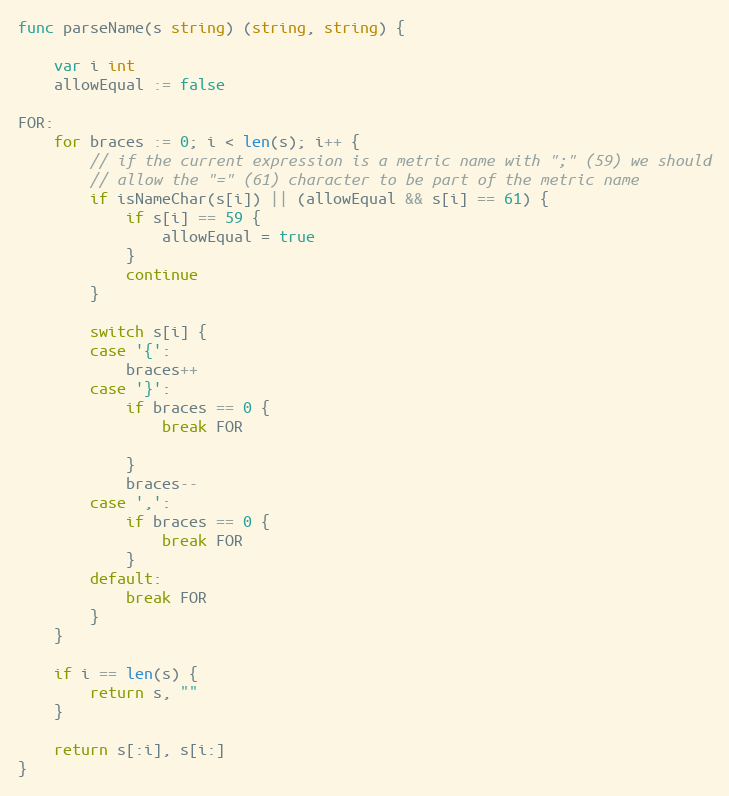
Language: Go
func parseName(s string) (string, string) {

	var i int
	allowEqual := false

FOR:
	for braces := 0; i < len(s); i++ {
		// if the current expression is a metric name with ";" (59) we should
		// allow the "=" (61) character to be part of the metric name
		if isNameChar(s[i]) || (allowEqual && s[i] == 61) {
			if s[i] == 59 {
				allowEqual = true
			}
			continue
		}

		switch s[i] {
		case '{':
			braces++
		case '}':
			if braces == 0 {
				break FOR

			}
			braces--
		case ',':
			if braces == 0 {
				break FOR
			}
		default:
			break FOR
		}
	}

	if i == len(s) {
		return s, ""
	}

	return s[:i], s[i:]
}